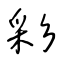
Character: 彩